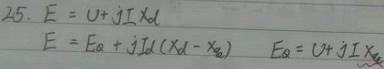
25. \(E = U + jI\times X_d\)
\(E = E_q + jI_d\times(X_d - X_q)\) \(E_q = U + jI\times X_q\)